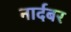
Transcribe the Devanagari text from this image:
नार्दबर